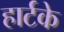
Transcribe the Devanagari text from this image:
हार्टके